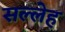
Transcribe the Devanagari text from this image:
सल्लेह